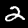
Digit: 2